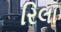
રિલા